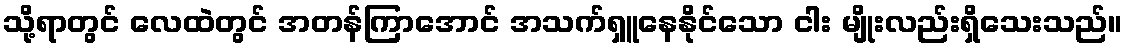
သို့ရာတွင် လေထဲတွင် အတန်ကြာအောင် အသက်ရှူနေနိုင်သော ငါး မျိုးလည်းရှိသေးသည်။